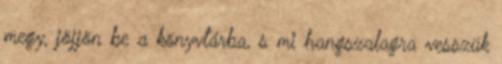
megy, jöjjön be a könyvtárba, s mi hangszalagra vesszük